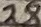
Text: 28